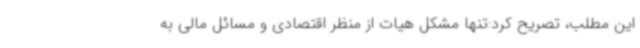
این مطلب، تصریح کرد:تنها مشکل هیات از منظر اقتصادی و مسائل مالی به